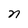
Character: n